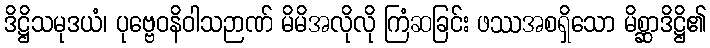
ဒိဋ္ဌိသမုဒယံ၊ ပုဗ္ဗေဝနိဝါသဉာဏ် မိမိအလိုလို ကြံဆခြင်း ဖဿအစရှိသော မိစ္ဆာဒိဋ္ဌိ၏